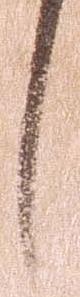
し